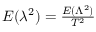
\begin{array} { r } { E ( \lambda ^ { 2 } ) = \frac { E ( \Lambda ^ { 2 } ) } { T ^ { 2 } } } \end{array}